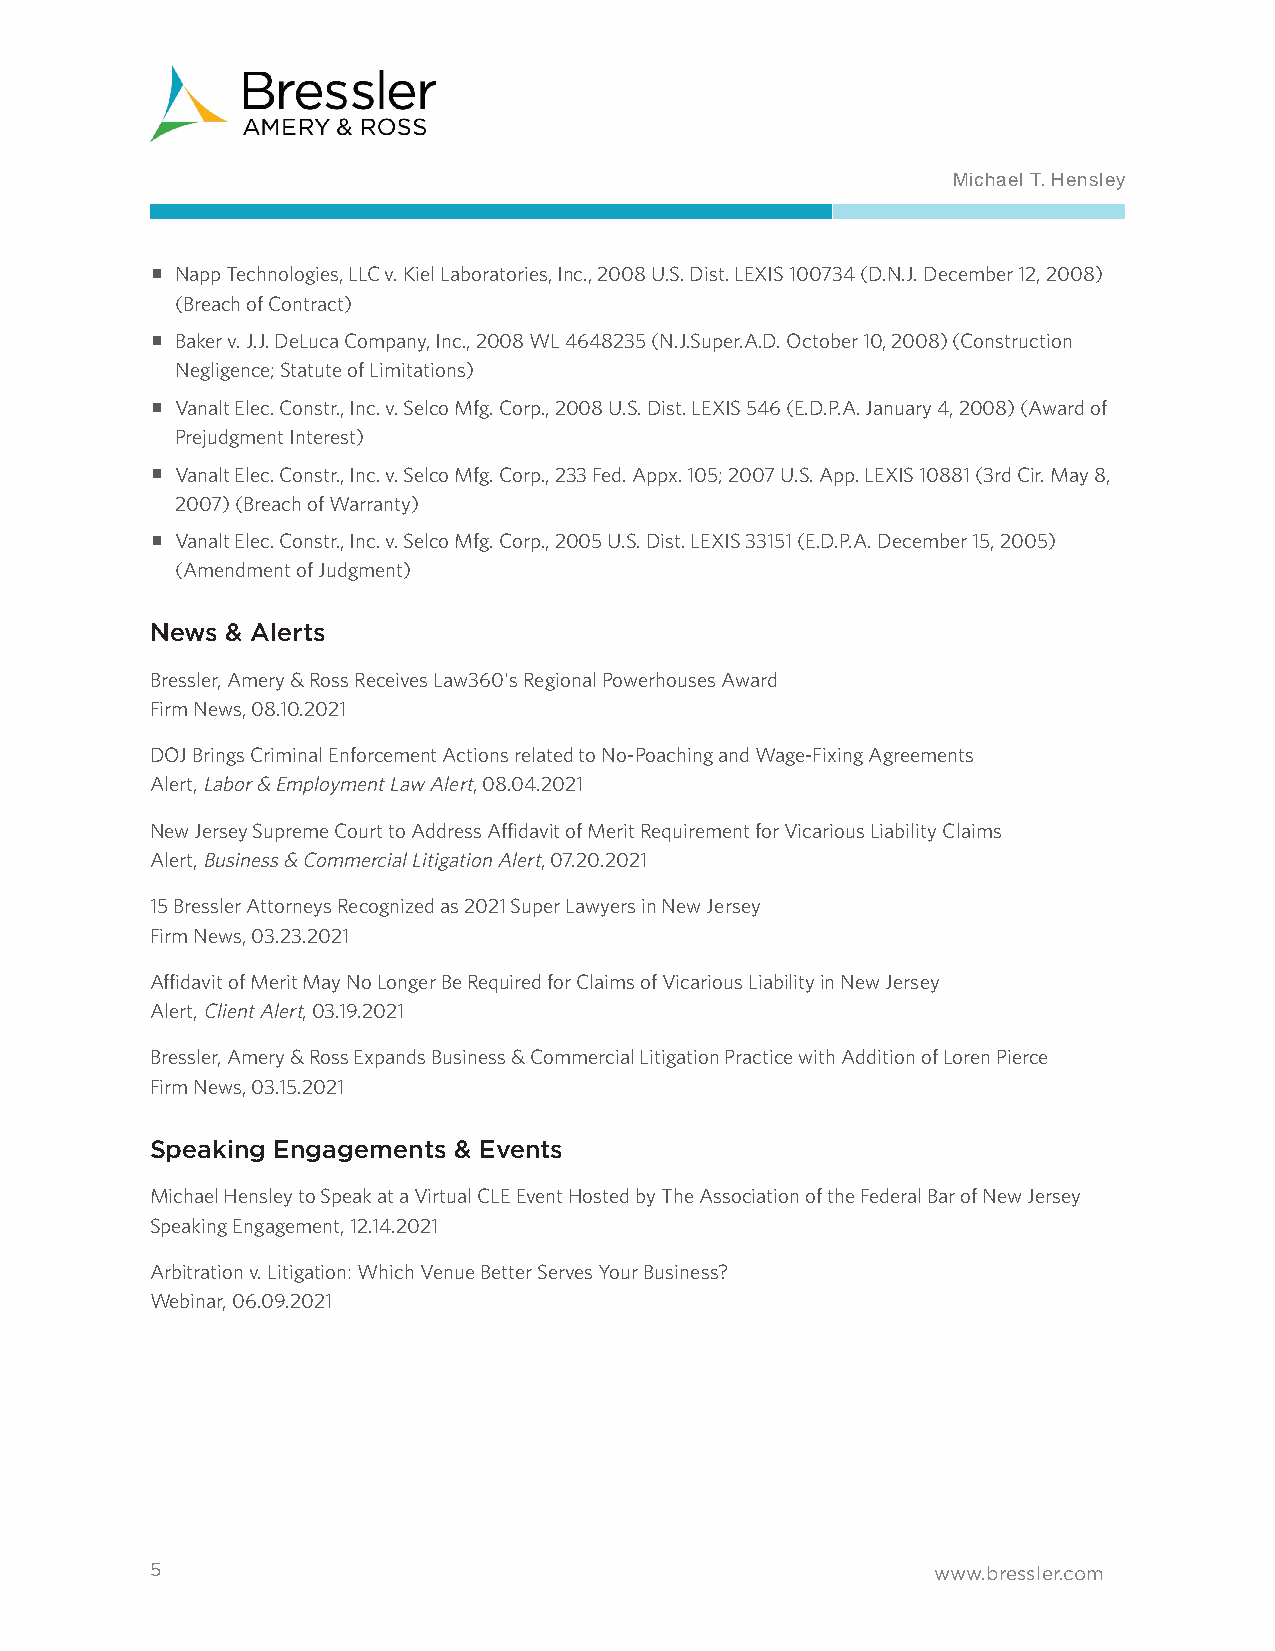
Michael T. Hensley
 ■ Napp Technologies, LLC v. Kiel Laboratories, Inc., 2008 U.S. Dist. LEXIS 100734 (D.N.J. December 12, 2008)
 (Breach of Contract)
 ■ Baker v. J.J. DeLuca Company, Inc., 2008 WL 4648235 (N.J.Super.A.D. October 10, 2008) (Construction
 Negligence; Statute of Limitations)
 ■ Vanalt Elec. Constr., Inc. v. Selco Mfg. Corp., 2008 U.S. Dist. LEXIS 546 (E.D.P.A. January 4, 2008) (Award of
 Prejudgment Interest)
 ■ Vanalt Elec. Constr., Inc. v. Selco Mfg. Corp., 233 Fed. Appx. 105; 2007 U.S. App. LEXIS 10881 (3rd Cir. May 8,
 2007) (Breach of Warranty)
 ■ Vanalt Elec. Constr., Inc. v. Selco Mfg. Corp., 2005 U.S. Dist. LEXIS 33151 (E.D.P.A. December 15, 2005)
 (Amendment of Judgment)
 News & Alerts
 Bressler, Amery & Ross Receives Law360's Regional Powerhouses Award
 Firm News, 08.10.2021
 DOJ Brings Criminal Enforcement Actions related to No-Poaching and Wage-Fixing Agreements
 Alert, Labor & Employment Law Alert, 08.04.2021
 New Jersey Supreme Court to Address Affidavit of Merit Requirement for Vicarious Liability Claims
 Alert, Business & Commercial Litigation Alert, 07.20.2021
 15 Bressler Attorneys Recognized as 2021 Super Lawyers in New Jersey
 Firm News, 03.23.2021
 Affidavit of Merit May No Longer Be Required for Claims of Vicarious Liability in New Jersey
 Alert, Client Alert, 03.19.2021
 Bressler, Amery & Ross Expands Business & Commercial Litigation Practice with Addition of Loren Pierce
 Firm News, 03.15.2021
 Speaking Engagements & Events
 Michael Hensley to Speak at a Virtual CLE Event Hosted by The Association of the Federal Bar of New Jersey
 Speaking Engagement, 12.14.2021
 Arbitration v. Litigation: Which Venue Better Serves Your Business?
 Webinar, 06.09.2021
 5                                                   www.bressler.com